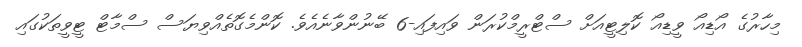
މިހާރުގެ އޯޑިއޯ ވީޑިއޯ ކޮލިޓީއަށް ސްޓްރީމްކުރަން ވައިފައި-6 ބޭނުންވާނެއެވެ. ކޮންމެގޮތެއްވިޔަސް ސްމާޓް ޓީވީތަކުގައި